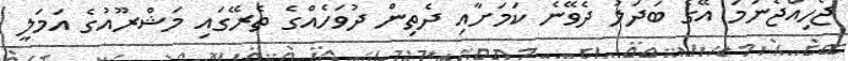
ޖެހިއްޖެނަމަ އޭގެ ބަދަލު ދެވޭނެ ކަމަށާއި ދެތިން ދުވަހެއްގެ ތެރޭގައި މަޝްރޫއުގެ އަމަލީ